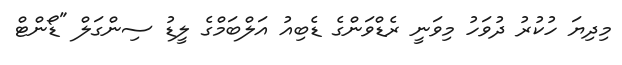
މިދިޔަ ހުކުރު ދުވަހު މިވަނީ ރެޑްވަންގެ ޑެބިއު އަލްބަމްގެ ލީޑު ސިންގަލް "ޑޯންޓް